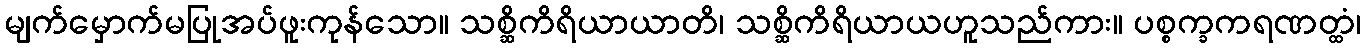
မျက်မှောက်မပြုအပ်ဖူးကုန်သော။ သစ္ဆိကိရိယာယာတိ၊ သစ္ဆိကိရိယာယဟူသည်ကား။ ပစ္စက္ခကရဏတ္ထံ၊